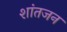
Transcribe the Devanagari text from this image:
शांतजन